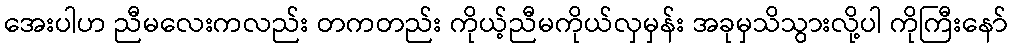
အေးပါဟ ညီမလေးကလည်း တကတည်း ကိုယ့်ညီမကိုယ်လှမှန်း အခုမှသိသွားလို့ပါ ကိုကြီးနော်